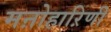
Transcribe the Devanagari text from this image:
मऩोहाऱिणी